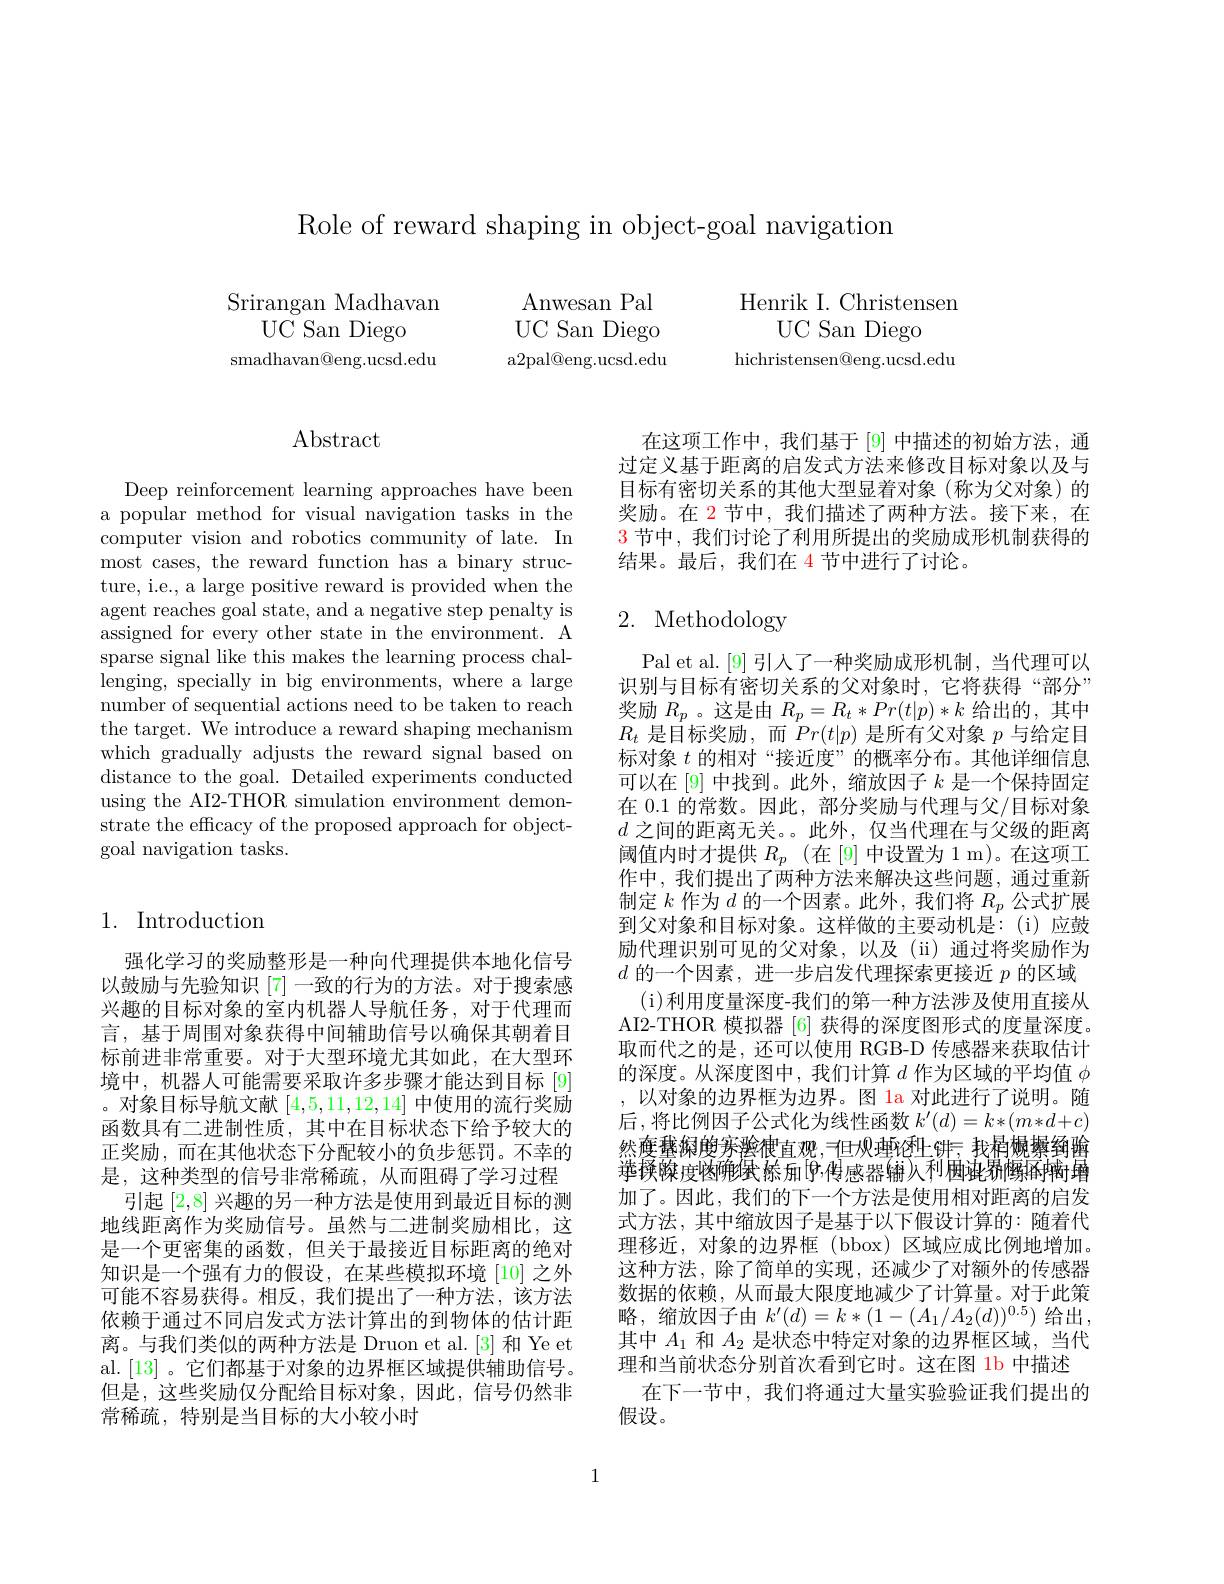
Role of reward shaping in object-goal navigation

Srirangan Madhavan
UC San Diego
${\mathrm{smadhavan@eng.ucsd.edu}}$

Henrik I. Christensen
UC San Diego
hichristensen@eng.ucsd.edu

Anwesan Pal UC San Diego a2pal@eng.ucsd.edu

## Abstract

Deep reinforcement learning approaches have been a popular method for visual navigation tasks in the computer vision and robotics community of late. In most cases, the reward function has a binary structure, i.e., a large positive reward is provided when the agent reaches goal state, and a negative step penalty is assigned for every other state in the environment. A sparse signal like this makes the learning process challenging, specially in big environments, where a large number of sequential actions need to be taken to reach the target. We introduce a reward shaping mechanism which gradually adjusts the reward signal based on distance to the goal. Detailed experiments conducted using the AI2-THOR simulation environment demonstrate the efficacy of the proposed approach for objectgoal navigation tasks.

## 1. Introduction

强化学习的奖励整形是一种向代理提供本地化信号以鼓励与先验知识[7]一致的行为的方法。对于搜索感兴趣的目标对象的室内机器人导航任务，对于代理而言，基于周围对象获得中间辅助信号以确保其朝着目标前进非常重要。对于大型环境尤其如此，在大型环境中，机器人可能需要采取许多步骤才能达到目标 [9] 。对象目标导航文献[4,5,11,12,14]中使用的流行奖励函数具有二进制性质，其中在目标状态下给予较大的正奖励，而在其他状态下分配较小的负步惩罚。不幸的是，这种类型的信号非常稀疏，从而阻碍了学习过程
引起[2,8]兴趣的另一种方法是使用到最近目标的测地线距离作为奖励信号。虽然与二进制奖励相比，这是一个更密集的函数，但关于最接近目标距离的绝对知识是一个强有力的假设，在某些模拟环境[10] 之外可能不容易获得。相反，我们提出了一种方法，该方法依赖于通过不同启发式方法计算出的到物体的估计距离。与我们类似的两种方法是 Druon et al.[3] 和 Ye et al.[13]。它们都基于对象的边界框区域提供辅助信号。但是，这些奖励仅分配给目标对象，因此，信号仍然非常稀疏，特别是当目标的大小较小时

在这项工作中，我们基于[9] 中描述的初始方法，通过定义基于距离的启发式方法来修改目标对象以及与目标有密切关系的其他大型显着对象(称为父对象)的奖励。在 2 节中，我们描述了两种方法。接下来，在$\color{red}{3\text{ 节中，我们讨论了利用所提出的奖励成形机制获得的}}$ 结果。最后，我们在 4 节中进行了讨论。

# 2. Methodology

Pal et al.[9] 引人了一种奖励成形机制，当代理可以识别与目标有密切关系的父对象时，它将获得“部分” 奖励$R_p$ 。这是由$R_p=R_t*Pr(t|p)*k$给出的，其中$R_{t}$是目标奖励，而$Pr(t|p)$是所有父对象$p$与给定目标对象$t$的相对“接近度”的概率分布。其他详细信息可以在[9]中找到。此外，缩放因子$k$是一个保持固定在 0.1 的常数。因此，部分奖励与代理与父/目标对象$d$之间的距离无关。此外，仅当代理在与父级的距离阈值内时才提供$R_p$ (在[9]中设置为1m)。在这项工作中，我们提出了两种方法来解决这些问题，通过重新制定$k$作为$d$的一个因素。此外，我们将$R_p$公式扩展到父对象和目标对象。这样做的主要动机是：(i)应鼓励代理识别可见的父对象，以及(ii)通过将奖励作为$d$的一个因素，进一步启发代理探索更接近$p$的区域
( i) 利用度量深度-我们的第一种方法涉及使用直接从AI2-THOR 模拟器 [6] 获得的深度图形式的度量深度。取而代之的是，还可以使用 RGB-D 传感器来获取估计的深度。从深度图中，我们计算$d$作为区域的平均值$\phi$ ,以对象的边界框为边界。图 1a 对此进行了说明。随后，将比例因子公式化为线性函数$k^\prime(d)=k*(m*d+c)$ 然庾鵞焖嫂亲淞犍直观，伫呗埵论吐饼；我楫姵彝鲬팸选择璨度恼确继标加[9,传感器输入利困沌鎅鳜孬蝻埇加了。因此，我们的下一个方法是使用相对距离的启发式方法，其中缩放因子是基于以下假设计算的：随着代理移近，对象的边界框(bbox)区域应成比例地增加。这种方法，除了简单的实现，还减少了对额外的传感器数据的依赖，从而最大限度地减少了计算量。对于此策略，缩放因子由$k^\prime(d)=k*(1-(A_1/A_2(d))^{0.5})$给出， 其中$A_1$和$A_2$是状态中特定对象的边界框区域，当代理和当前状态分别首次看到它时。这在图 1b 中描述
在下一节中，我们将通过大量实验验证我们提出的
假设。

1